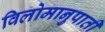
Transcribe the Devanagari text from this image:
विलोमानुपाती